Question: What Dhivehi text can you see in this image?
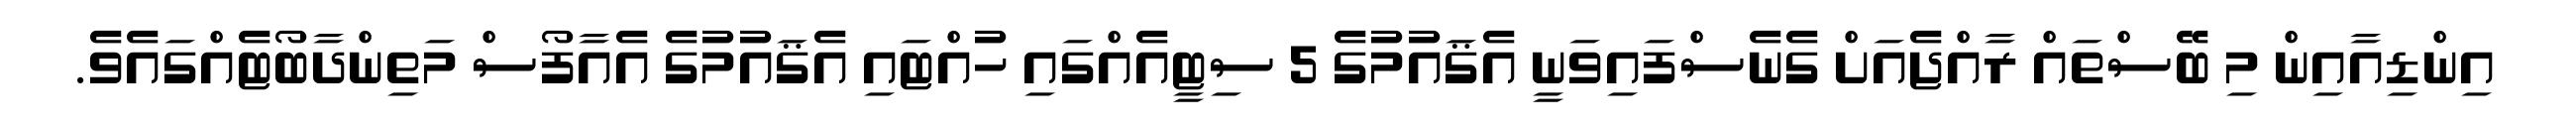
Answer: އިންޑިއާއިން މި ބޭސްތައް ރާއްޖެއަށް ގެނެސްފައިވަނީ އެޤައުމުގެ 5 ސިޓީއެއްގައި ހުއްޓައި އެޤައުމުގެ އެއާފޯސް މަތިންދާބޯޓެއްގައެވެ.